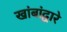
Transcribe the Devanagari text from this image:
खांबांद्वारे